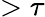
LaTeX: >\tau